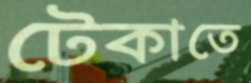
টেকাতে